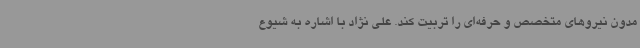
مدون نیروهای متخصص و حرفه‌ای را تربیت کند. علی نژاد با اشاره به شیوع